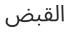
القبض